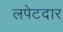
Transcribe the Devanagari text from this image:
लपेटदार